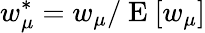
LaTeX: w_{\mu}^{\ast}=w_{\mu}/\mathrm{~E~}[w_{\mu}]